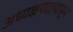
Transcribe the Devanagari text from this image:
अध्यक्षपदापासून